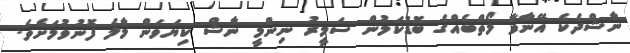
ނާޝްދެކެ އޭނާވާ ލޯތްބެއްގެ ބޮޑުކަމުން ސަމީރު ނިންމީ ނާޝް ކިޔަވަން މާލެ ފޮނުވުމަށެވެ.